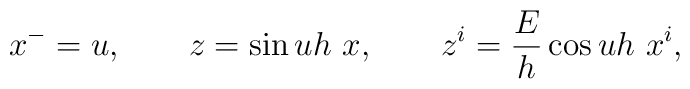
x^- = u, \qquad z = \sin uh ~x, \qquad  z^i = \frac{E}{h} \cos uh~x^i, \nonumber